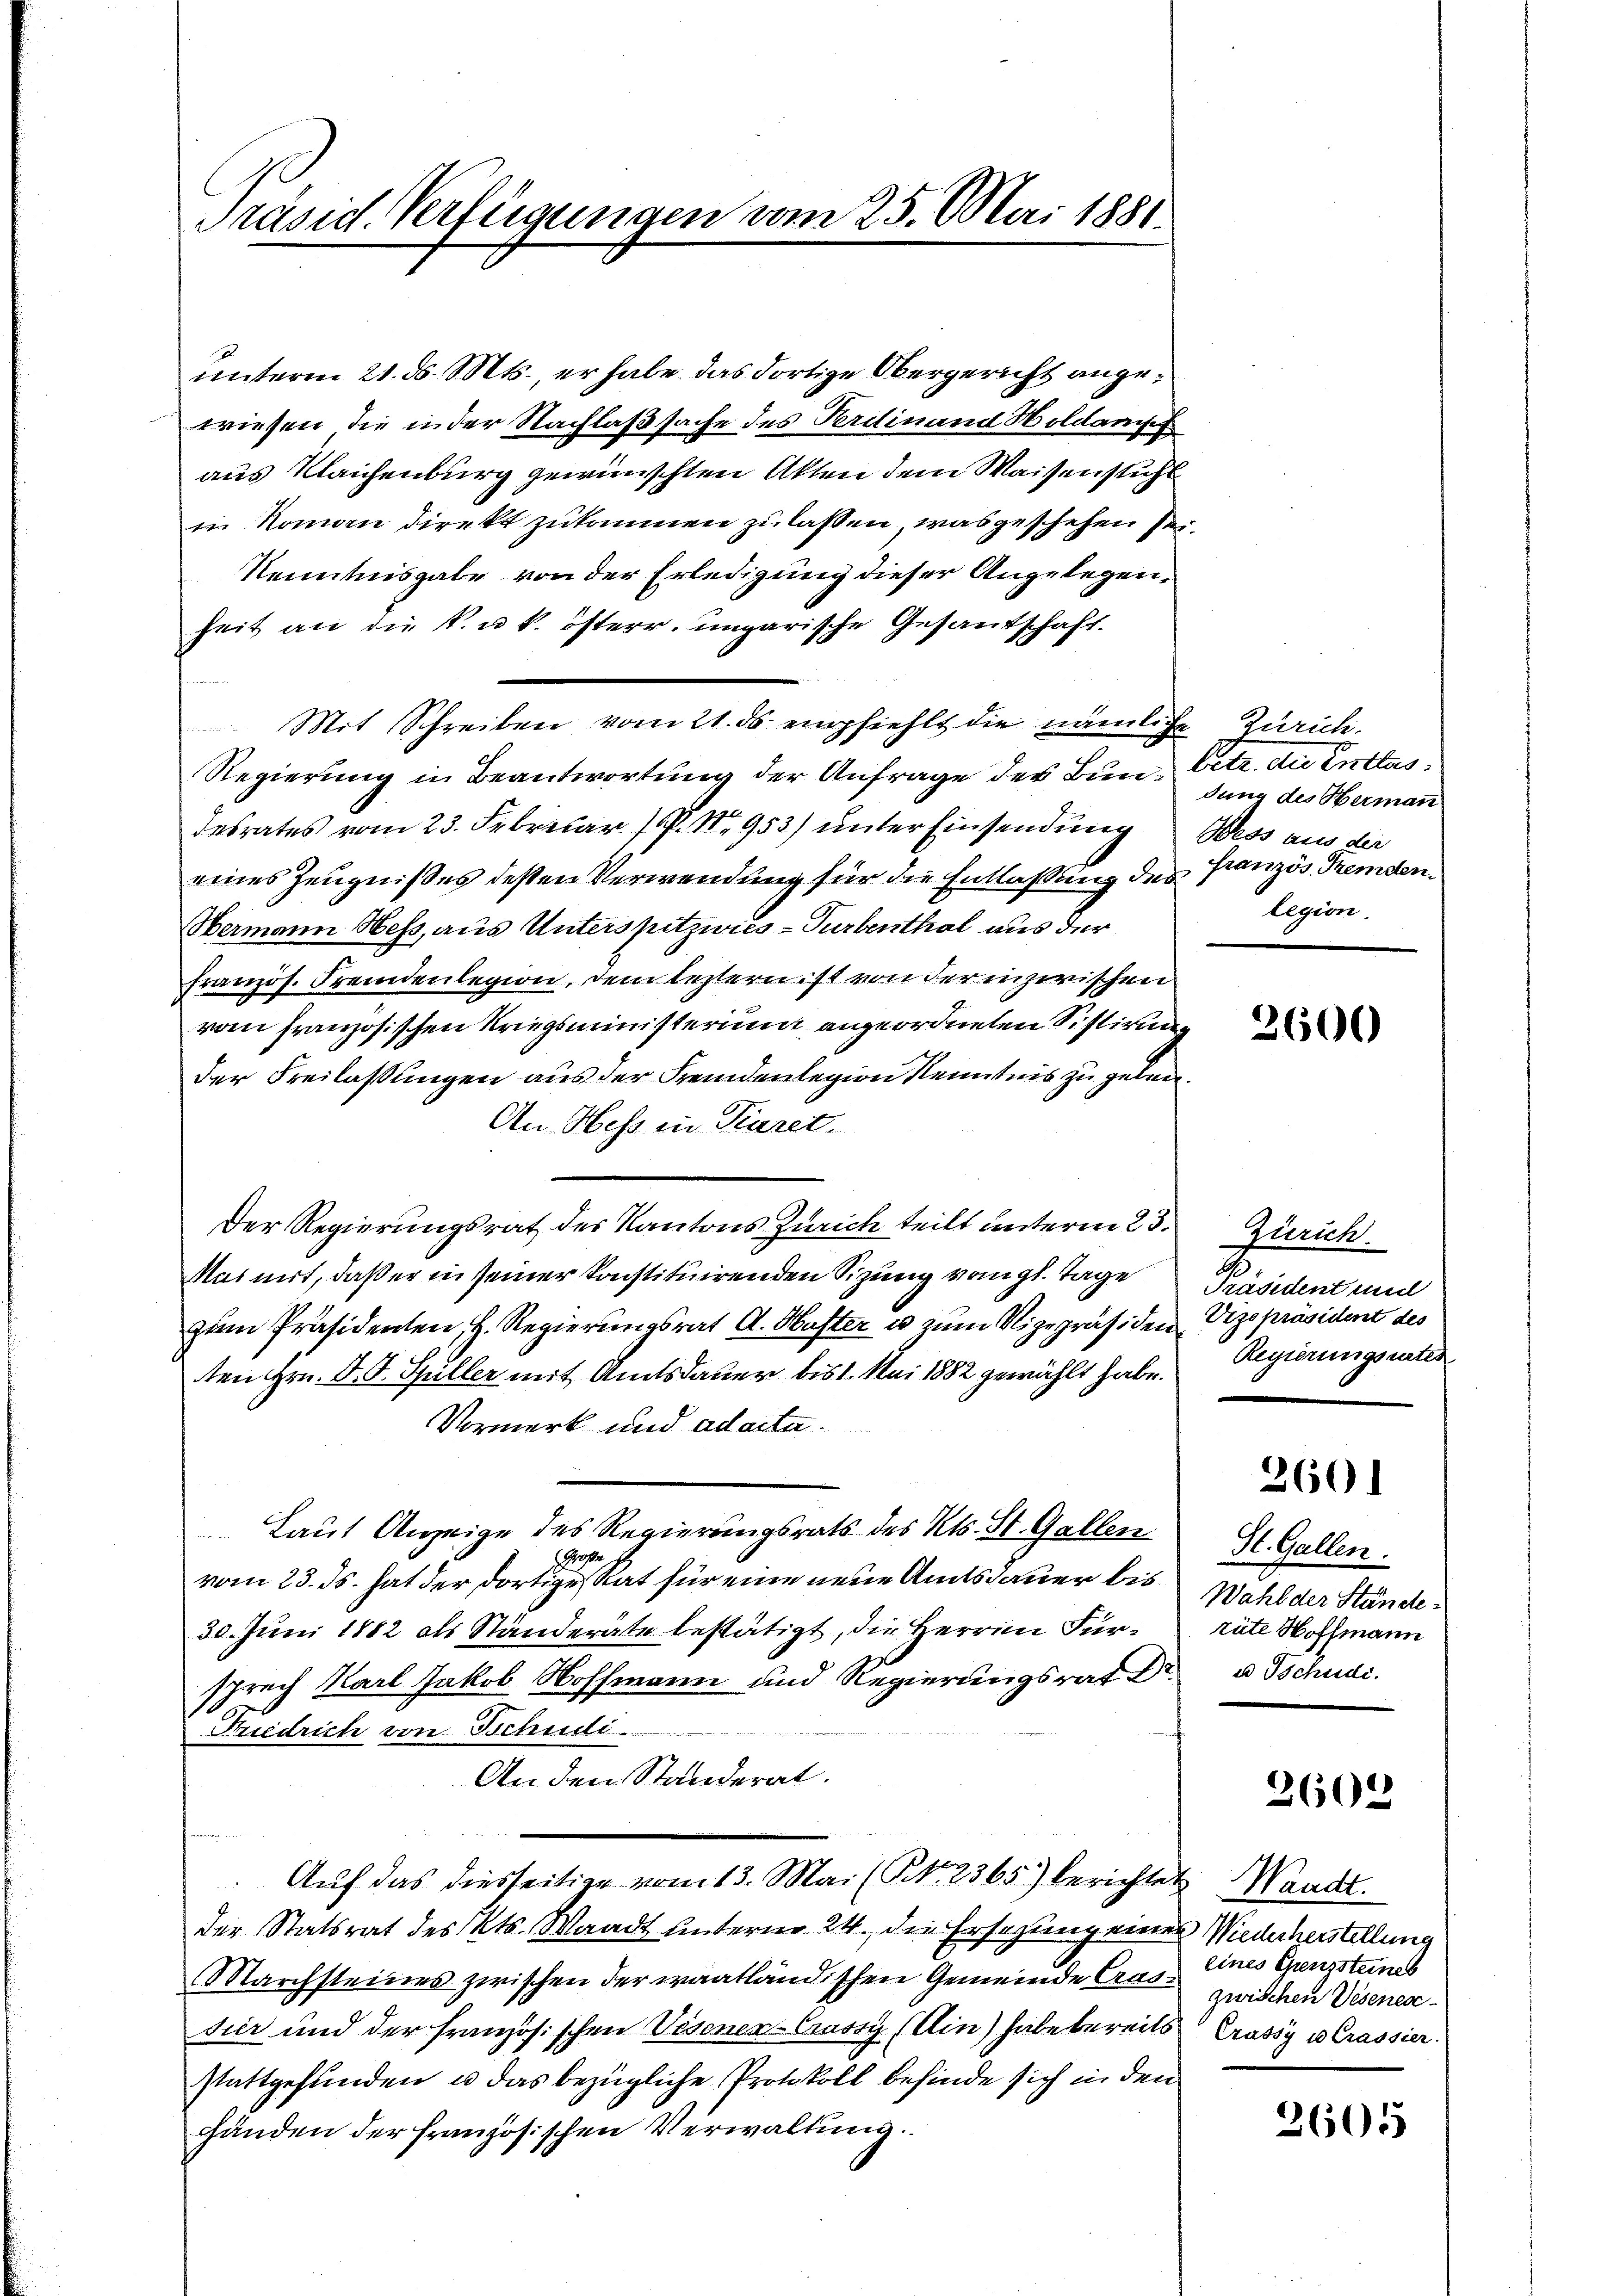
Präsid. Verfügungen vom 25. Mai 1881.

unterm 21. d. Mts., er habe das dortige Obergericht angewiesen die in der Nachlaßsache des Ferdinand Holdampf
aus Klaichenburg gewünschten Akten dem Waisenstuhl
in Roman direkt zukommen zu lassen, was geschehen sei
Kenntnisgabe von der Erledigung dieser Angelegenheit an die k. u. k. österr. ungarische Gesandschaft.
Mit Schreiben vom 21. ds. empfiehlt die nämliche Zürich.
Regierung in Beantwortung der Anfrage des Bundesrates vom 23. Februar P. Nr. 953) unter Einsendung
eines Zeugnißes dessen Verwendung für die Entlaßung dies
Hermann Hess, aus Unterspitzwics-Turbenthal aus der
französ. Fremdenlegion, dem leztern ist von der inzwischen
vom französischen Kriegsministerium angeordneten Sistirung
der Freilassungen aus der Fremdenlegion Kenntnis zu geben.
An Hess in Piaret.
Der Regierungsrat des Kantons Zürich teilt unterm 23.
Mainirt, daß er in seiner konstituirenden Sitzung vom gl. Tage
zum Präsidenten, H. Regierungsrat A. Huster u. zum Vizepräsiden Vizepräsident des
ten Hrn. D. G. Hüller mit Amtsdauer bis 1. Mai 1882 gewählt habe.
Vormerk und ad acta.
Laut Anzeige des Regierungsrats des Kts. St. Gallen
Prose
vom 23. ds. hat der dortige Rat für eine neue Amtsdauer bis
30. Juni 1882 als Ständeräte bestätigt, die Herrn Fürsprech Karl Jakob Hoffmann und Regierungsrat Dr.
Friedrich von Tschudi
An den Standerat.
Aŭf das diesseitige vom 13. Mai (P. Nr. 2365) berichtet Waadt
der Statsrat des Kts. Waadt unterm 24. die Ersezung eines
Marchsteines zwischen der waatländischen Gemeinde Castier und der Französischen Visenen - Custy (Ain) habe bereits
stattgefunden, u. das bezügliche Protokoll befinde sich in den
Händen der französischen Verwaltung

betr. der Ertlus.
dung des Hermann
Wess aus der
französ. Fremden
legion.

3600

Zürich.
Präsident und
Regierungsrates

360

St. Gallen.
Wahl der Ständertute Hoffmann
u Tschudi.

2602

Wiederherstellung
eines Grenzsteines
zwischen Wesenen
Crassy u Crassier

2605